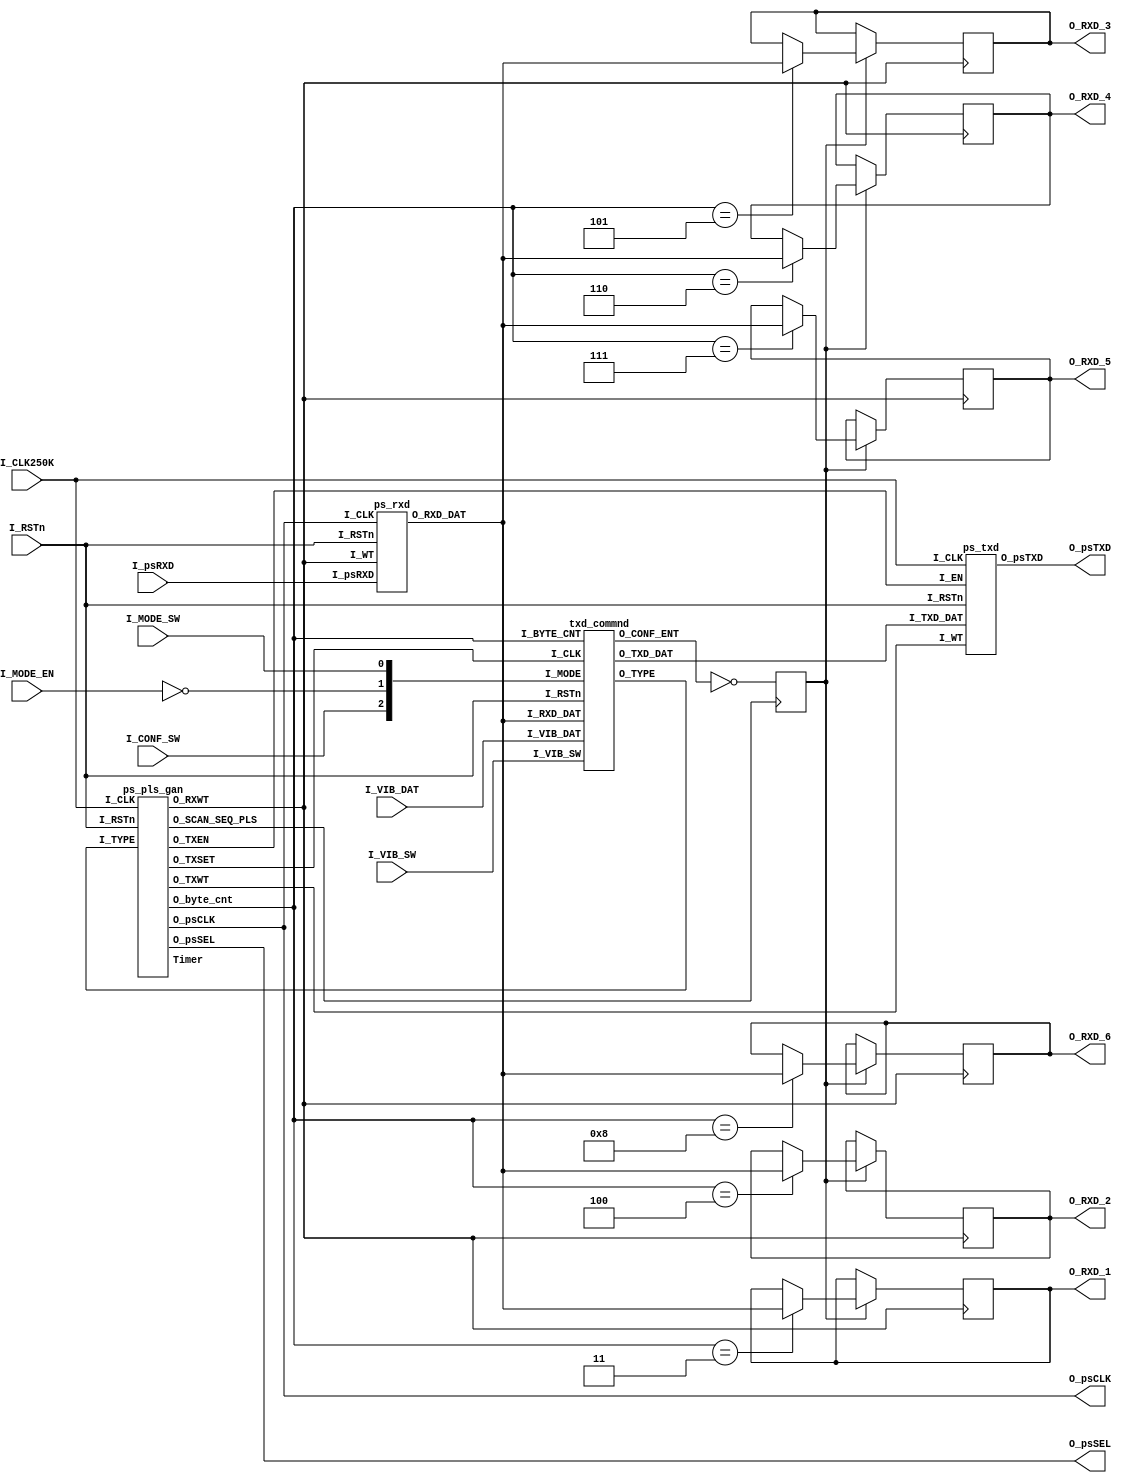
//-------------------------------------------------------------------
//                                                          
// PLAYSTATION CONTROLLER(DUALSHOCK TYPE) INTERFACE TOP          
//                                                          
// Version : 2.00                                           
//                                                          
// Copyright(c) 2003 - 2004 Katsumi Degawa , All rights reserved  
//                                                          
// Important !                                              
//                                                          
// This program is freeware for non-commercial use.         
// An author does no guarantee about this program.          
// You can use this under your own risk.                    
// 
// 2003.10.30  It is optimized . by K Degawa 
//                                                        
//-------------------------------------------------------------------
`timescale 100ps/10ps		

//--------- SIMULATION ---------------------------------------------- 
//`define	SIMULATION_1	

`ifdef SIMULATION_1
`define Timer_siz 18  
`else
`define Timer_siz 12
`endif
//-------------------------------------------------------------------
`define Dualshock

module psPAD_top(

I_CLK250K,       //  MAIN CLK 250KHz
I_RSTn,          //  MAIN RESET
O_psCLK,         //  psCLK CLK OUT
O_psSEL,         //  psSEL OUT       
O_psTXD,         //  psTXD OUT
I_psRXD,         //  psRXD IN
O_RXD_1,         //  RX DATA 1 (8bit)
O_RXD_2,         //  RX DATA 2 (8bit)
O_RXD_3,         //  RX DATA 3 (8bit)
O_RXD_4,         //  RX DATA 4 (8bit)
O_RXD_5,         //  RX DATA 5 (8bit)
O_RXD_6,         //  RX DATA 6 (8bit) 
I_CONF_SW,       //  Dualshook Config  ACTIVE-HI
I_MODE_SW,       //  Dualshook Mode Set DEGITAL PAD 0: ANALOG PAD 1:
I_MODE_EN,       //  Dualshook Mode Control  OFF 0: ON 1:
I_VIB_SW,        //  Vibration SW  VIB_SW[0] Small Moter OFF 0:ON  1:
                 //                VIB_SW[1] Bic Moter   OFF 0:ON  1(Dualshook Only)
I_VIB_DAT        //  Vibration(Bic Moter)Data   8'H00-8'HFF (Dualshook Only)

);

input  I_CLK250K,I_RSTn;
input  I_CONF_SW;
input  I_MODE_SW,I_MODE_EN;
input  [1:0]I_VIB_SW;
input  [7:0]I_VIB_DAT;
input  I_psRXD;
output O_psCLK;
output O_psSEL;
output O_psTXD;
output [7:0]O_RXD_1;
output [7:0]O_RXD_2;
output [7:0]O_RXD_3;
output [7:0]O_RXD_4;
output [7:0]O_RXD_5;
output [7:0]O_RXD_6;

wire   W_scan_seq_pls;
wire   W_type;
wire   [3:0]W_byte_cnt;
wire   W_RXWT;
wire   W_TXWT;
wire   W_TXSET;
wire   W_TXEN;
wire   [7:0]W_TXD_DAT;
wire   [7:0]W_RXD_DAT;
wire   W_conf_ent;

ps_pls_gan pls(

.I_CLK(I_CLK250K),
.I_RSTn(I_RSTn),
.I_TYPE(W_type),              // DEGITAL PAD 0: ANALOG PAD 1:

.O_SCAN_SEQ_PLS(W_scan_seq_pls),
.O_RXWT(W_RXWT),
.O_TXWT(W_TXWT),
.O_TXSET(W_TXSET),
.O_TXEN(W_TXEN),
.O_psCLK(O_psCLK),
.O_psSEL(O_psSEL),
.O_byte_cnt(W_byte_cnt),

//.Timer(O_Timer)
.Timer()

); 

`ifdef Dualshock
txd_commnd cmd(

.I_CLK(W_TXSET),
.I_RSTn(I_RSTn),
.I_BYTE_CNT(W_byte_cnt),
.I_MODE({I_CONF_SW,~I_MODE_EN,I_MODE_SW}),
.I_VIB_SW(I_VIB_SW),
.I_VIB_DAT(I_VIB_DAT),
.I_RXD_DAT(W_RXD_DAT),
.O_TXD_DAT(W_TXD_DAT),
.O_TYPE(W_type),
.O_CONF_ENT(W_conf_ent)

);

`else
txd_commnd_EZ cmd(

.I_CLK(W_TXSET),
.I_RSTn(I_RSTn),
.I_BYTE_CNT(W_byte_cnt),
.I_MODE(),
.I_VIB_SW(I_VIB_SW),
.I_VIB_DAT(),
.I_RXD_DAT(),
.O_TXD_DAT(W_TXD_DAT),
.O_TYPE(W_type),
.O_CONF_ENT(W_conf_ent)

);

`endif

ps_txd txd(

.I_CLK(I_CLK250K),
.I_RSTn(I_RSTn),
.I_WT(W_TXWT),
.I_EN(W_TXEN),
.I_TXD_DAT(W_TXD_DAT),
.O_psTXD(O_psTXD)

);

ps_rxd rxd(

.I_CLK(O_psCLK),
.I_RSTn(I_RSTn),	
.I_WT(W_RXWT),
.I_psRXD(I_psRXD),
.O_RXD_DAT(W_RXD_DAT)

);

//----------   RXD DATA DEC  ----------------------------------------
reg    [7:0]O_RXD_1;
reg    [7:0]O_RXD_2;
reg    [7:0]O_RXD_3;
reg    [7:0]O_RXD_4;
reg    [7:0]O_RXD_5;
reg    [7:0]O_RXD_6;

reg   W_rxd_mask;
always@(posedge W_scan_seq_pls) 
   W_rxd_mask <= ~W_conf_ent;

always@(negedge W_RXWT)
begin
   if(W_rxd_mask)begin
      case(W_byte_cnt)
            3: O_RXD_1 <= W_RXD_DAT;
            4: O_RXD_2 <= W_RXD_DAT;
            5: O_RXD_3 <= W_RXD_DAT;
            6: O_RXD_4 <= W_RXD_DAT;
            7: O_RXD_5 <= W_RXD_DAT;
            8: O_RXD_6 <= W_RXD_DAT;
       default:;
      endcase
   end
end

endmodule

`ifdef Dualshock
module txd_commnd_EZ(

I_CLK,
I_RSTn,
I_BYTE_CNT,
I_MODE,
I_VIB_SW,
I_VIB_DAT,
I_RXD_DAT,
O_TXD_DAT,
O_TYPE,
O_CONF_ENT

);

input  I_CLK,I_RSTn;
input  [3:0]I_BYTE_CNT;
input  [2:0]I_MODE;
input  [1:0]I_VIB_SW;
input  [7:0]I_VIB_DAT;
input  [7:0]I_RXD_DAT;
output [7:0]O_TXD_DAT;
output O_TYPE;
output O_CONF_ENT;

reg    [7:0]O_TXD_DAT;

assign O_TYPE = 1'b1;
assign O_CONF_ENT = 1'b0;
always@(posedge I_CLK or negedge I_RSTn)
begin
   if(! I_RSTn)begin
      O_TXD_DAT <= 8'h00;
   end
   else begin
      case(I_BYTE_CNT)
         0:O_TXD_DAT <= 8'h01;
         1:O_TXD_DAT <= 8'h42;
         3:begin
              if(I_VIB_SW) O_TXD_DAT <= 8'h40;
              else         O_TXD_DAT <= 8'h00;
           end
         4:begin
              if(I_VIB_SW) O_TXD_DAT <= 8'h01;
              else         O_TXD_DAT <= 8'h00;
           end
       default: O_TXD_DAT <= 8'h00;
      endcase
   end
end

endmodule
`endif

module txd_commnd(

I_CLK,
I_RSTn,
I_BYTE_CNT,
I_MODE,
I_VIB_SW,
I_VIB_DAT,
I_RXD_DAT,
O_TXD_DAT,
O_TYPE,
O_CONF_ENT

);

input  I_CLK,I_RSTn;
input  [3:0]I_BYTE_CNT;
input  [2:0]I_MODE;
input  [1:0]I_VIB_SW;
input  [7:0]I_VIB_DAT;
input  [7:0]I_RXD_DAT;
output [7:0]O_TXD_DAT;
output O_TYPE;
output O_CONF_ENT;

wire   [1:0]pad_mode = I_MODE[1:0];
wire   ds_sw  = I_MODE[2];

reg    [7:0]O_TXD_DAT;
reg    [2:0]conf_state;
reg    conf_entry;
reg    conf_ent_reg;
reg    conf_done;
reg    pad_status;
reg    pad_id;

assign O_TYPE = pad_id;
assign O_CONF_ENT = conf_entry;

always@(posedge I_CLK or negedge I_RSTn)
begin
   if(! I_RSTn)    pad_id <= 1'b0; 
   else begin
      if(I_BYTE_CNT==2)begin
         case(I_RXD_DAT) //------  GET TYPE(Byte_SEQ)
            8'h23: pad_id <= 1'b1;
            8'h41: pad_id <= 1'b0;
            8'h53: pad_id <= 1'b1;
            8'h73: pad_id <= 1'b1;
            8'hE3: pad_id <= 1'b1;
            8'hF3: pad_id <= 1'b1;
          default: pad_id <= 1'b0;
         endcase
      end
   end
end

always@(posedge I_CLK or negedge I_RSTn)
begin
   if(! I_RSTn)begin
      O_TXD_DAT    <= 8'h00;
      conf_entry   <= 1'b0;
      conf_ent_reg <= 1'b0;
	  conf_done    <= 1'b1;
      conf_state   <= 0;
      pad_status   <= 0;      
   end
   else begin
//---------- nomal mode --------------------------------------------------------
//----------------- read_data_and_vibrate_ex    01,42,00,WW,PP(,00,00,00,00)
//                                              --,ID,SS,XX,XX(,XX,XX,XX,XX)
      if(~conf_entry)begin
         case(I_BYTE_CNT)
            0:O_TXD_DAT <= 8'h01;
            1:O_TXD_DAT <= 8'h42;
            3:begin
              if(I_RXD_DAT==8'h00) conf_ent_reg <= 1'b1;
                 if(pad_status)begin
                    if(I_VIB_SW[0]) O_TXD_DAT <= 8'h01;
                    else            O_TXD_DAT <= 8'h00;
                 end
			     else begin
                    if(I_VIB_SW[0] | I_VIB_SW[1]) O_TXD_DAT <= 8'h40;
                    else            O_TXD_DAT <= 8'h00;			        
                 end
              end
            4:begin
                 if(pad_status)begin
                    if(I_VIB_SW[1]) O_TXD_DAT <= I_VIB_DAT;
                    else            O_TXD_DAT <= 8'h00;
                 end
			     else begin
                    if(I_VIB_SW[0] | I_VIB_SW[1]) O_TXD_DAT <= 8'h01;
                    else            O_TXD_DAT <= 8'h00;			        
                 end
			     if(pad_id==0)begin
                    if(conf_state == 0 && ds_sw)
                       conf_entry <= 1'b1;
                    if(conf_state == 7 && (pad_status&conf_ent_reg))begin
                       conf_state <= 0;
                       conf_entry <= 1'b1;
                    end
                 end
              end
            8:begin
                 O_TXD_DAT <= 8'h00;
                 if(pad_id==1)begin
                    if(conf_state == 0 && ds_sw)
                       conf_entry <= 1'b1;
                    if(conf_state == 7 && (pad_status&conf_ent_reg))begin
                       conf_state <= 0;
                       conf_entry <= 1'b1;
                    end
                 end
              end      
         default: O_TXD_DAT <= 8'h00;
         endcase
      end
//---------- confg mode --------------------------------------------------------
      else begin
         case(conf_state)
         //-------- config_mode_enter (43):     01,43,00,01,00(,00 x 4 or XX x 16)
         //                                     --,ID,SS,XX,XX(,XX x 4 or XX x 16)  
            0:begin
                 case(I_BYTE_CNT)
                    0:begin
                         O_TXD_DAT <= 8'h01;
                         conf_done <= 1'b0;
                      end
                    1:O_TXD_DAT <= 8'h43;
                    3:O_TXD_DAT <= 8'h01;
                    4:begin
                         O_TXD_DAT <= 8'h00;
                         if(pad_id==0)begin
                            if(pad_status) conf_state <= 3;
                            else           conf_state <= 1;    
                         end
                      end
                    8:begin
                         O_TXD_DAT <= 8'h00;
                         if(pad_id==1)begin
                            if(pad_status) conf_state <= 3;
                            else           conf_state <= 1;    
                         end
                      end															         
                  default:O_TXD_DAT <= 8'h00;
                 endcase
              end
         //-------- query_model_and_mode (45):  01,45,00,5A,5A,5A,5A,5A,5A
         //                                     FF,F3,5A,TT,02,MM,VV,01,00
            1:begin
                 case(I_BYTE_CNT)
                    0:O_TXD_DAT <= 8'h01;
                    1:O_TXD_DAT <= 8'h45;
                    2:begin
                         O_TXD_DAT <= 8'h00;
                         conf_done <= (I_RXD_DAT == 8'hF3)? 1'b0:1'b1;
                      end
                    4:begin
                         O_TXD_DAT <= 8'h00;
                         if(I_RXD_DAT==8'h01 || I_RXD_DAT==8'h03) pad_status <= 1;
                         if(pad_id==0 && conf_done==1'b1)begin
                            conf_state <= 7;
                            conf_entry <= 1'b0;
                         end
                      end
                    8:begin
                         O_TXD_DAT <= 8'h00;
                         conf_state <= 2;
                         if(pad_id==1 && conf_done==1'b1)begin
                            conf_state <= 7;
                            conf_entry <= 1'b0;
                         end                                
                      end 												         
                  default:O_TXD_DAT <= 8'h00;
                 endcase
              end
         //-------- set_mode_and_lock (44):     01,44,00,XX,YY,00,00,00,00
         //                                     --,F3,5A,00,00,00,00,00,00
            2:begin
                 case(I_BYTE_CNT)
                    0:O_TXD_DAT <= 8'h01;
                    1:O_TXD_DAT <= 8'h44;
                    3:O_TXD_DAT <= pad_mode[0] ? 8'h01:8'h00;
                    4:O_TXD_DAT <= pad_mode[1] ? 8'h03:8'h00;
                    8:begin
                         O_TXD_DAT <= 8'h00;
                         conf_state<= 3;
                      end
                  default:O_TXD_DAT <= 8'h00;
                 endcase
              end
         //-------- vibration_enable (4D):      01,4D,00,00,01,FF,FF,FF,FF
         //                                     --,F3,5A,XX,YY,FF,FF,FF,FF
            3:begin
                 case(I_BYTE_CNT)
                    0:O_TXD_DAT <= 8'h01;
                    1:O_TXD_DAT <= 8'h4D;
                  2,3:O_TXD_DAT <= 8'h00;
                    4:O_TXD_DAT <= 8'h01;
                    8:begin
                         O_TXD_DAT <= 8'hFF; 
                         conf_state<= 6;
                      end
                  default:O_TXD_DAT <= 8'hFF;
                 endcase
              end
         //-------- config_mode_exit (43):      01,43,00,00,5A,5A,5A,5A,5A
         //                                     --,F3,5A,00,00,00,00,00,00
            6:begin
                 case(I_BYTE_CNT)
                    0:O_TXD_DAT <= 8'h01;
                    1:O_TXD_DAT <= 8'h43;
                  2,3:O_TXD_DAT <= 8'h00;
                    8:begin
                         O_TXD_DAT <= 8'h5A;
                         conf_state<= 7;
                         conf_entry<= 1'b0;
                         conf_done <= 1'b1;
                         conf_ent_reg<= 1'b0; 						 
                       end
                  default:O_TXD_DAT <= 8'h5A;
                 endcase
              end
          default:;
         endcase
      end
   end
end

endmodule

module ps_pls_gan(

I_CLK,
I_RSTn,
I_TYPE,

O_SCAN_SEQ_PLS,
O_RXWT,
O_TXWT,
O_TXSET,
O_TXEN,
O_psCLK,
O_psSEL,
O_byte_cnt,

Timer

);

parameter Timer_size = `Timer_siz;

input  I_CLK,I_RSTn;
input  I_TYPE;
output O_SCAN_SEQ_PLS;
output O_RXWT;
output O_TXWT;
output O_TXSET;
output O_TXEN;
output O_psCLK;
output O_psSEL;
output [3:0]O_byte_cnt;

output [Timer_size-1:0]Timer;
reg    [Timer_size-1:0]Timer;

reg    O_SCAN_SEQ_PLS;
reg    RXWT;
reg    TXWT;
reg    TXSET;
reg    psCLK_gate;
reg    psSEL;
reg    [3:0]O_byte_cnt;

always@(posedge I_CLK or negedge I_RSTn)
begin
   if(! I_RSTn) Timer <= 0;
   else         Timer <= Timer+1;
end

always@(posedge I_CLK or negedge I_RSTn)
begin
   if(! I_RSTn) 
      O_SCAN_SEQ_PLS <= 0;
   else begin
      if(Timer == 0) O_SCAN_SEQ_PLS <= 1; 
	  else           O_SCAN_SEQ_PLS <= 0;            
   end
end

always@(posedge I_CLK or negedge I_RSTn)
begin
   if(! I_RSTn)
   begin
      psCLK_gate <= 1;
      RXWT     <= 0;
	  TXWT     <= 0;
	  TXSET    <= 0;
   end
   else begin
      case(Timer[4:0])
          6: TXSET <= 1;
          8: TXSET <= 0;
          9: TXWT <= 1;
         11: TXWT <= 0;
         12: psCLK_gate <= 0;
         20: psCLK_gate <= 1;
         21: RXWT <= 1;
         23: RXWT <= 0;
      default:;
      endcase
   end
end

always@(posedge I_CLK or negedge I_RSTn)
begin  
   if(! I_RSTn)
      psSEL <= 1;
   else begin	
      if(O_SCAN_SEQ_PLS == 1)
         psSEL <= 0;
      else if((I_TYPE == 0)&&(Timer == 158))
         psSEL <= 1;
      else if((I_TYPE == 1)&&(Timer == 286))
         psSEL <= 1;
   end
end

always@(posedge I_CLK or negedge I_RSTn)
begin  
   if(! I_RSTn)
      O_byte_cnt <= 0;
   else begin
      if( O_SCAN_SEQ_PLS == 1)
         O_byte_cnt <= 0;
      else begin 
         if( Timer[4:0] == 5'b11111)begin
            if(I_TYPE == 0 && O_byte_cnt == 5)
               O_byte_cnt <= O_byte_cnt;
            else if(I_TYPE == 1 && O_byte_cnt == 9)
               O_byte_cnt <= O_byte_cnt;
            else
               O_byte_cnt <= O_byte_cnt+1;
         end    
      end
   end
end

assign O_psCLK = psCLK_gate | I_CLK | psSEL;
assign O_psSEL = psSEL;
assign O_RXWT  = ~psSEL&RXWT;
assign O_TXSET = ~psSEL&TXSET;
assign O_TXWT  = ~psSEL&TXWT;
assign O_TXEN  = ~psSEL&(~psCLK_gate);

endmodule

module ps_rxd(

I_CLK,
I_RSTn,	
I_WT,
I_psRXD,
O_RXD_DAT

);

input	I_CLK,I_RSTn,I_WT;
input	I_psRXD;
output	[7:0]O_RXD_DAT;
reg     [7:0]O_RXD_DAT;
reg     [7:0]sp;

always@(posedge I_CLK or negedge I_RSTn)
   if(! I_RSTn) sp <= 1;
   else         sp <= { I_psRXD, sp[7:1]};
always@(posedge I_WT or negedge I_RSTn)
   if(! I_RSTn) O_RXD_DAT <= 1;
   else         O_RXD_DAT <= sp;

endmodule

module ps_txd(

I_CLK,
I_RSTn,
I_WT,
I_EN,
I_TXD_DAT,
O_psTXD

);

input	I_CLK,I_RSTn;
input	I_WT,I_EN;
input	[7:0]I_TXD_DAT;
output	O_psTXD;
reg     O_psTXD;
reg     [7:0]ps;

always@(negedge I_CLK or negedge I_RSTn)
begin
   if(! I_RSTn)begin 
      O_psTXD <= 1;
      ps      <= 0;
   end
   else begin
      if(I_WT)
         ps  <= I_TXD_DAT;
      else begin
         if(I_EN)begin
            O_psTXD <= ps[0];
            ps      <= {1'b1, ps[7:1]};
         end
         else begin
            O_psTXD <= 1'd1;
            ps  <= ps;
         end
      end
   end 	
end

endmodule